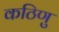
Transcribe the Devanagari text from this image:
कठिणु